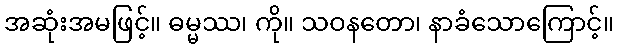
အဆုံးအမဖြင့်။ ဓမ္မဿ၊ ကို။ သဝနတော၊ နာခံသောကြောင့်။